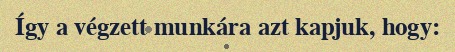
Így a végzett munkára azt kapjuk, hogy: